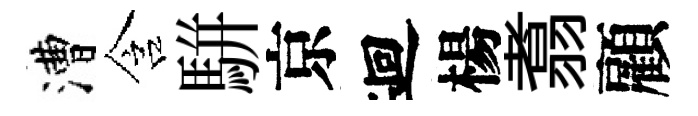
漕含駢京迴楊翥顧